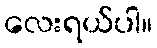
လေးရယ်ပါ။